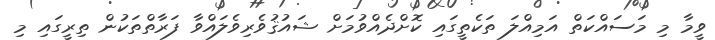
ވީމާ މި މަސައްކަތް އަމިއްލަ ތަކެތީގައި ކޮށްދެއްވުމަށް ޝައުޤުވެރިވެލައްވާ ފަރާތްތަކުން ތިރީގައި މި